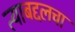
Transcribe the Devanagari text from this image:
त्याबद्दलचा